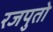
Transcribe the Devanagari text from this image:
रजपुतो